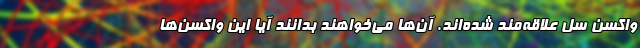
واکسنِ سل علاقه‌مند شده‌اند. آن‌ها می‌خواهند بدانند آیا این واکسن‌ها